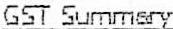
GST SUMMARY